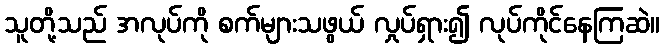
သူတို့သည် အလုပ်ကို စက်များသဖွယ် လှုပ်ရှား၍ လုပ်ကိုင်နေကြဆဲ။